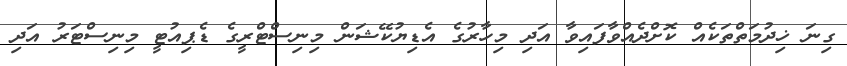
ގިނަ ޚިދުމަތްތަކެއް ކޮށްދެއްވާފައިވާ އަދި މިހާރުގެ އެޑިޔުކޭޝަން މިނިސްޓްރީގެ ޑެޕިއުޓީ މިނިސްޓަރު އަދި